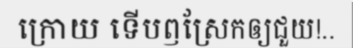
ក្រោយ ទើបឭស្រែកឲ្យជួយ!..